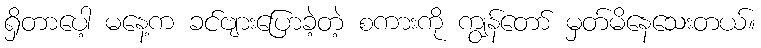
ရှိတာပေါ့ မနေ့က ခင်ဗျားပြောခဲ့တဲ့ စကားကို ကျွန်တော် မှတ်မိနေသေးတယ်။